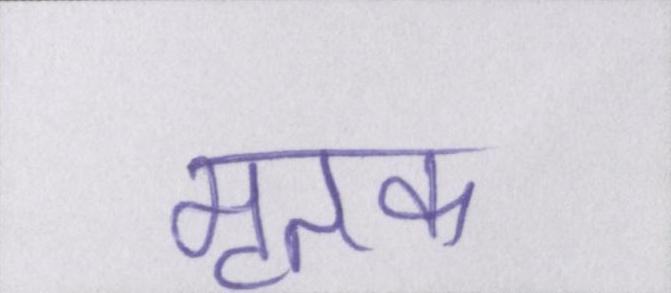
मृतक